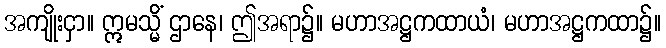
အကျိုးငှာ။ ဣမသ္မိံ ဌာနေ၊ ဤအရာ၌။ မဟာအဋ္ဌကထာယံ၊ မဟာအဋ္ဌကထာ၌။